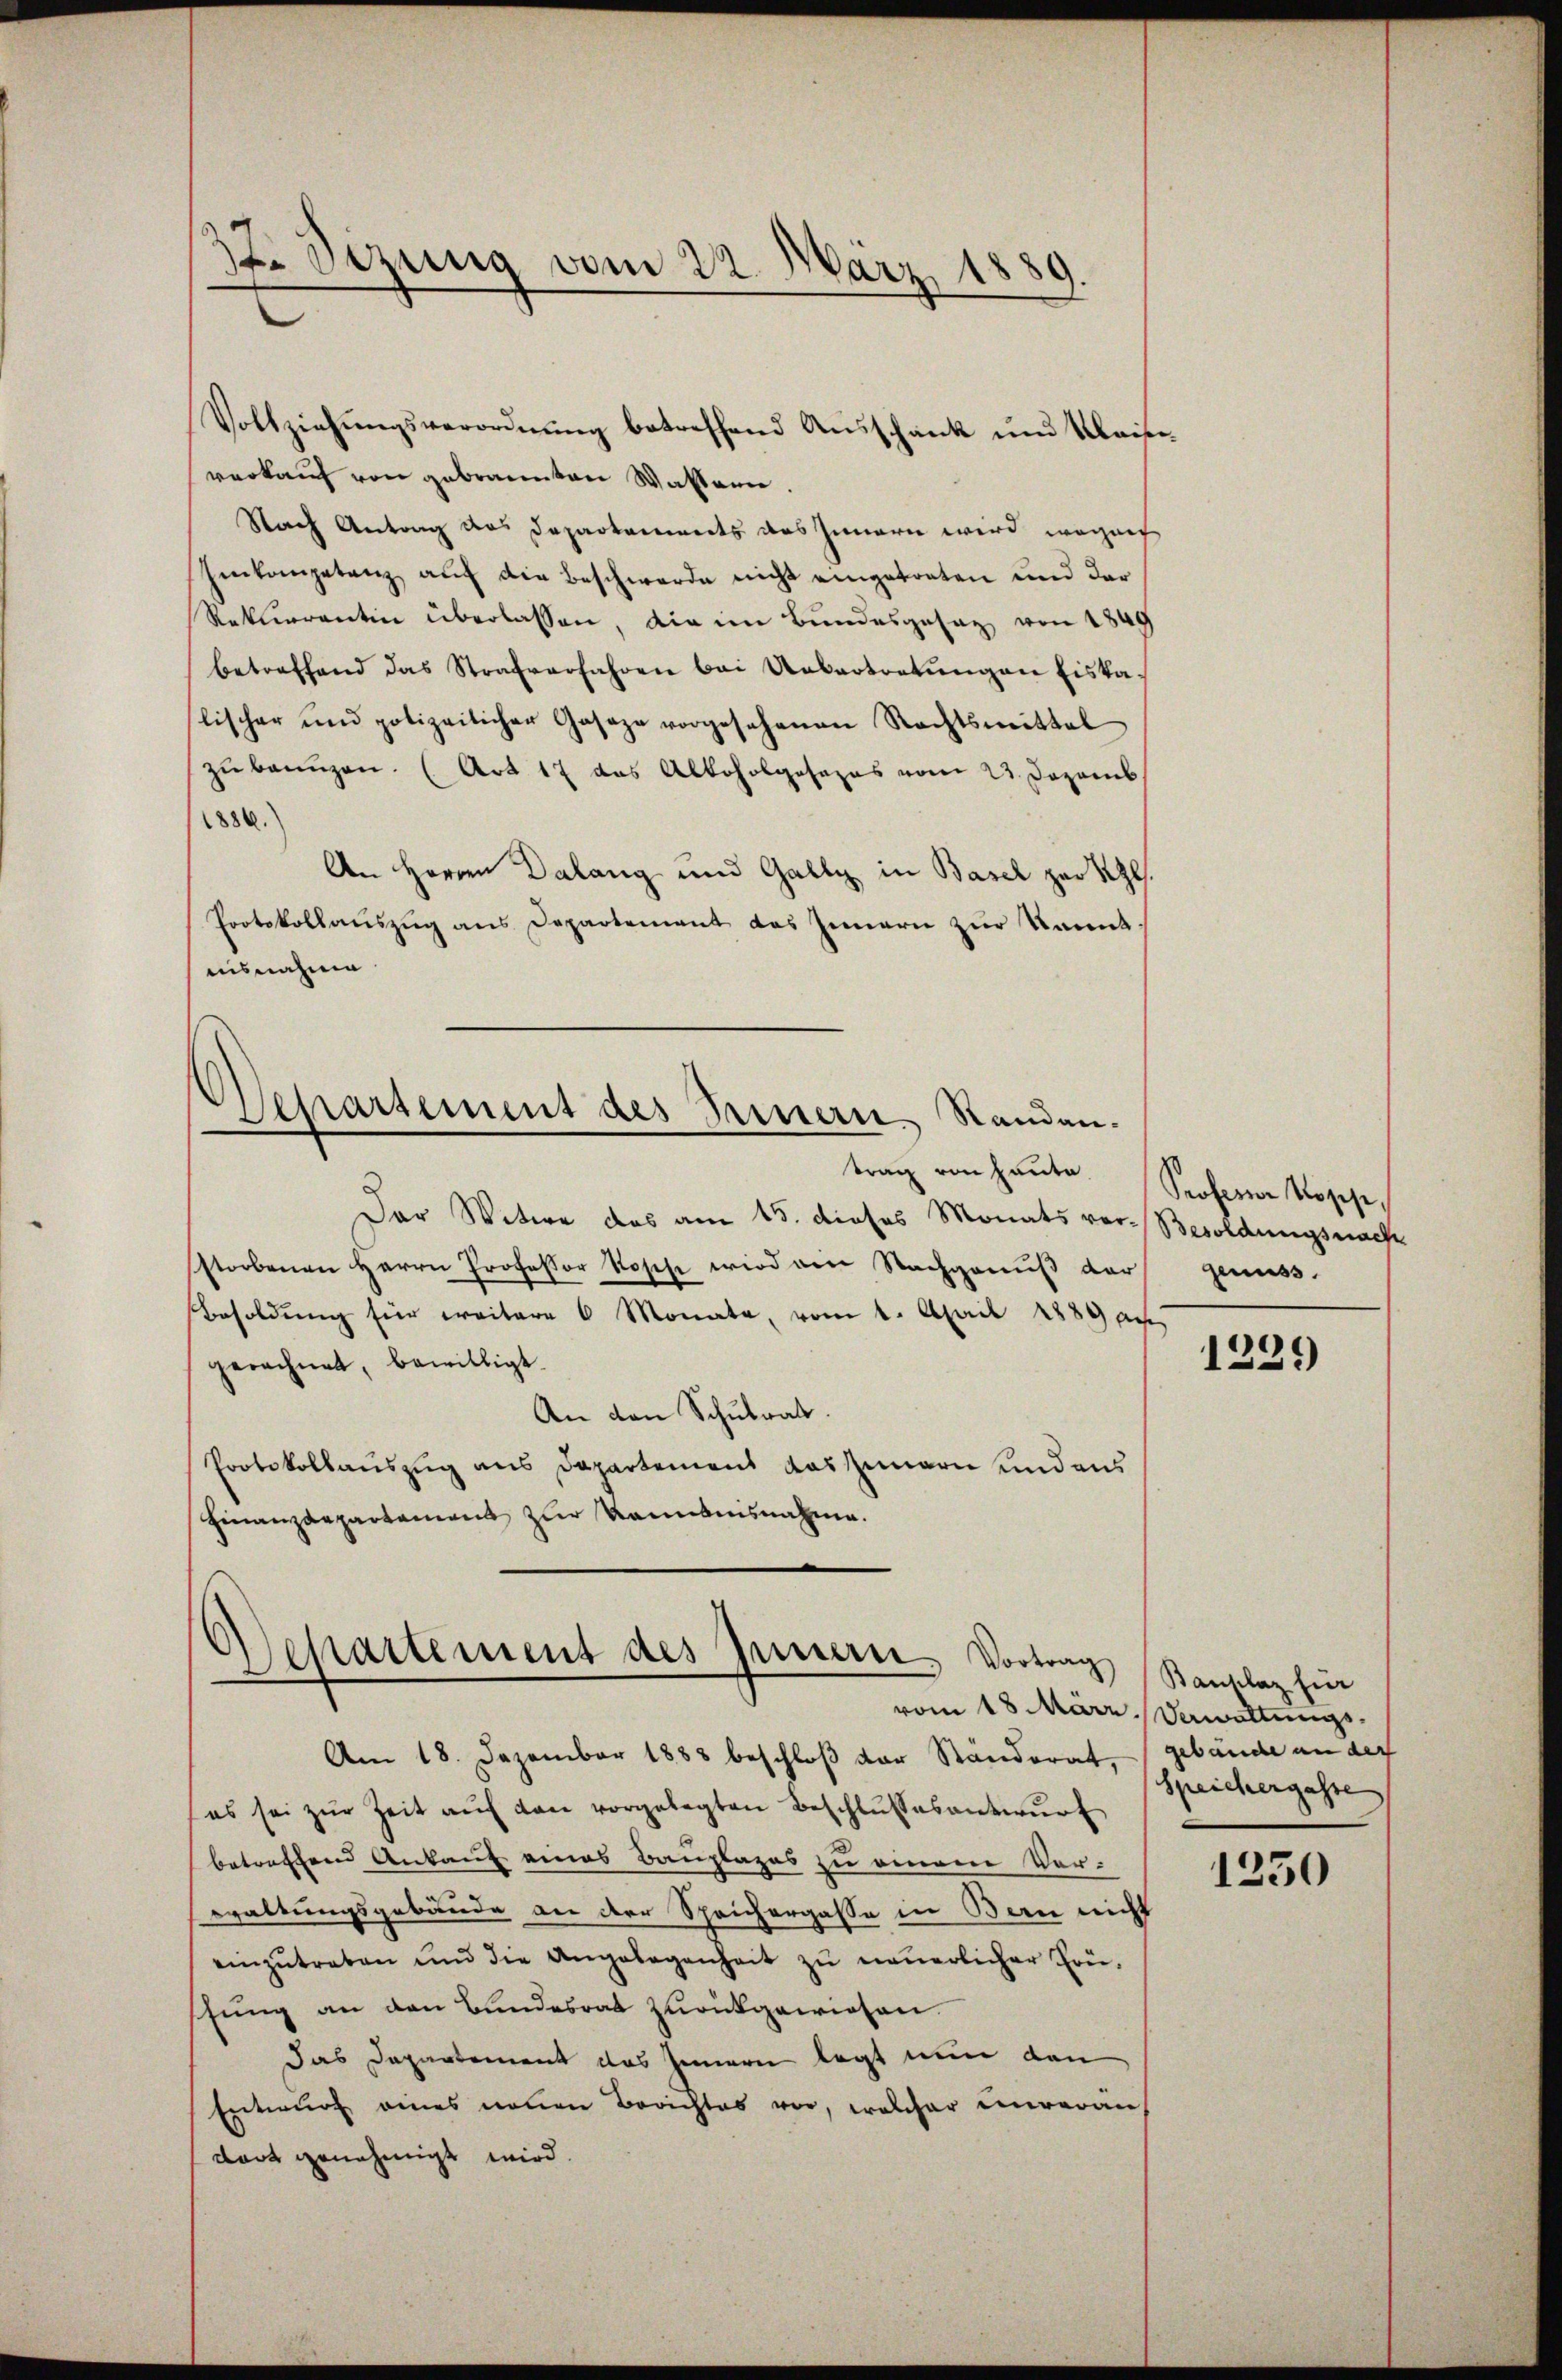
1t. Sizung vom 22. März 18
d.

Vollziehungsverordnung betreffend Ausschank und Klais
verkaŭf von gebrannten Waltern.
Nach Antrag des Departements das Innern wird wegens
Einkompetenz auf die Beschwerde nicht eingetreten und dar
Rekurrentin überlassen, die im Bundesgesag von 1849
betreffend das Strafverfahren bei Uebertretŭngen Eiska
lischer und polizeilicher Gasaze vorgesehenen Rechtsmittel
zŭ bangen. (Art 17 das Alkoholgosazes vom 23. Dezemb
1886.
An Herren Dalang und Gally in Basel zur Kl.
Protokollauszug aus Departement das Innern zur kannt
uisnahme
Separtement des Brennern Standantrag von heute
Der Witwe das am 15. dieses Monats ver- Besoldungsnach
storbenen Herrn Professor Rosche wird von Nachganŭβ der
Besoldŭng für weitere 6 Monate, vom 1. April 1889 au
gerechnet, bewilligt.
An den Schulrat.
Protokollauszug aus Departement das Innern und aus
Finanzdepartament zur Kenntnisnahme.

Bestattement des Innern, Vortrag

Am 18. Dezember 1888 beschloß der Ständerat, gebäude an der
es sei zŭr Zeit aŭf den vorgelegten Beschlŭsses antwŭrf
betreffend Ankauf eines Bauplages zu einem Vorwaltungsgebäude an der Sprichergasse in Bern nicht
einzŭtreten und die Angelegenheit zu neuerlicher Früsung an den Bundesrat zurückgewiesen.
das Departement das Innern legt nun den
Entwurf eines neuen Berichtes vor, welcher unverän
dort genehmigt wird.

Professor Koses,
genuss.

1229

Banklaz für
vom 18. März. Dawaltungs¬
Speichergasse

1250